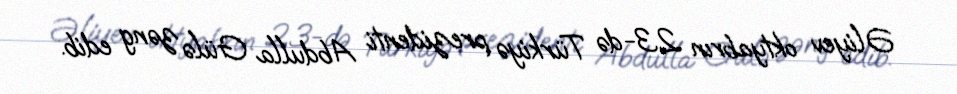
Əliyev oktyabrın 23-də Türkiyə prezidenti Abdulla Gülə zəng edib.